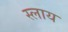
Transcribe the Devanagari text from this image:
स्लाय